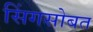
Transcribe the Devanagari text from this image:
सिंगसोबत